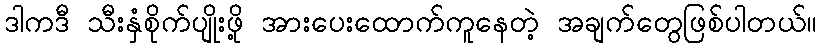
ဒါကဒီ သီးနှံစိုက်ပျိုးဖို့ အားပေးထောက်ကူနေတဲ့ အချက်တွေဖြစ်ပါတယ်။